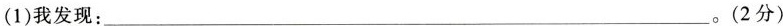
(1)我发现：___。(2分)